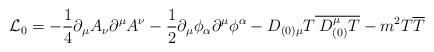
\begin{align*}{\cal L}_{0}=-\frac{1}{4}\partial _{\mu }A_{\nu }\partial ^{\mu }A^{\nu }-\frac{1}{2}\partial _{\mu }\phi _{\alpha }\partial ^{\mu }\phi ^{\alpha }-D_{(0)\mu }T\overline{\: D_{(0)}^{\mu }T}-m^{2}T\overline{T}\end{align*}